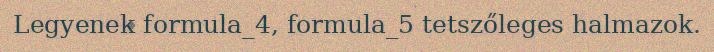
Legyenek formula_4, formula_5 tetszőleges halmazok.